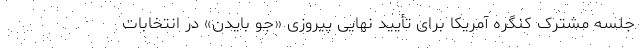
جلسه مشترک کنگره آمریکا برای تأیید نهایی پیروزی «جو بایدن» در انتخابات